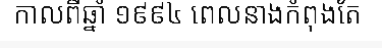
កាលពីឆ្នាំ ១៩៩៤ ពេលនាងកំពុងតែ